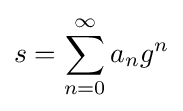
s=\sum _{n=0}^{\infty }a_{n}g^{n}